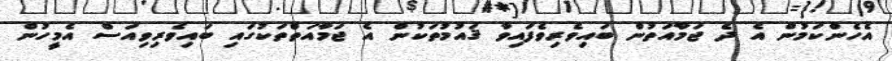
އެހެންކަމުން އެ ދެ ޖަމާއަތުން ބައިވެރިވެފައިވާ ޤައުމުތަކުން އެ ޖަމާއަތްތަކުގައި ބައިވެރިވިއަސް އެމީހުން